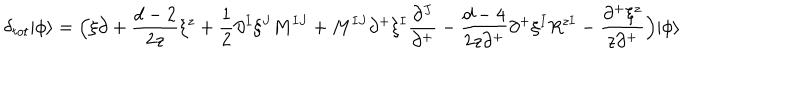
LaTeX: \delta _ { t o t } | \phi \rangle = \Bigl ( \xi \partial + \frac { d - 2 } { 2 z } \xi ^ { z } + \frac { 1 } { 2 } \partial ^ { I } \xi ^ { J } M ^ { I J } + M ^ { I J } \partial ^ { + } \xi ^ { I } \frac { \partial ^ { J } } { \partial ^ { + } } - \frac { d - 4 } { 2 z \partial ^ { + } } \partial ^ { + } \xi ^ { I } R ^ { z I } - \frac { \partial ^ { + } \xi ^ { z } } { z \partial ^ { + } } \Bigr ) | \phi \rangle